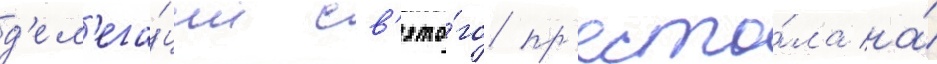
д'ел'ега́ции св'ято́го пр'есто́ла на́